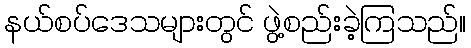
နယ်စပ်ဒေသများတွင် ဖွဲ့စည်းခဲ့ကြသည်။